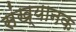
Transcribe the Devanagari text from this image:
संख्यानक